Kassari_(Keina)_vallavalitsus, lk 72
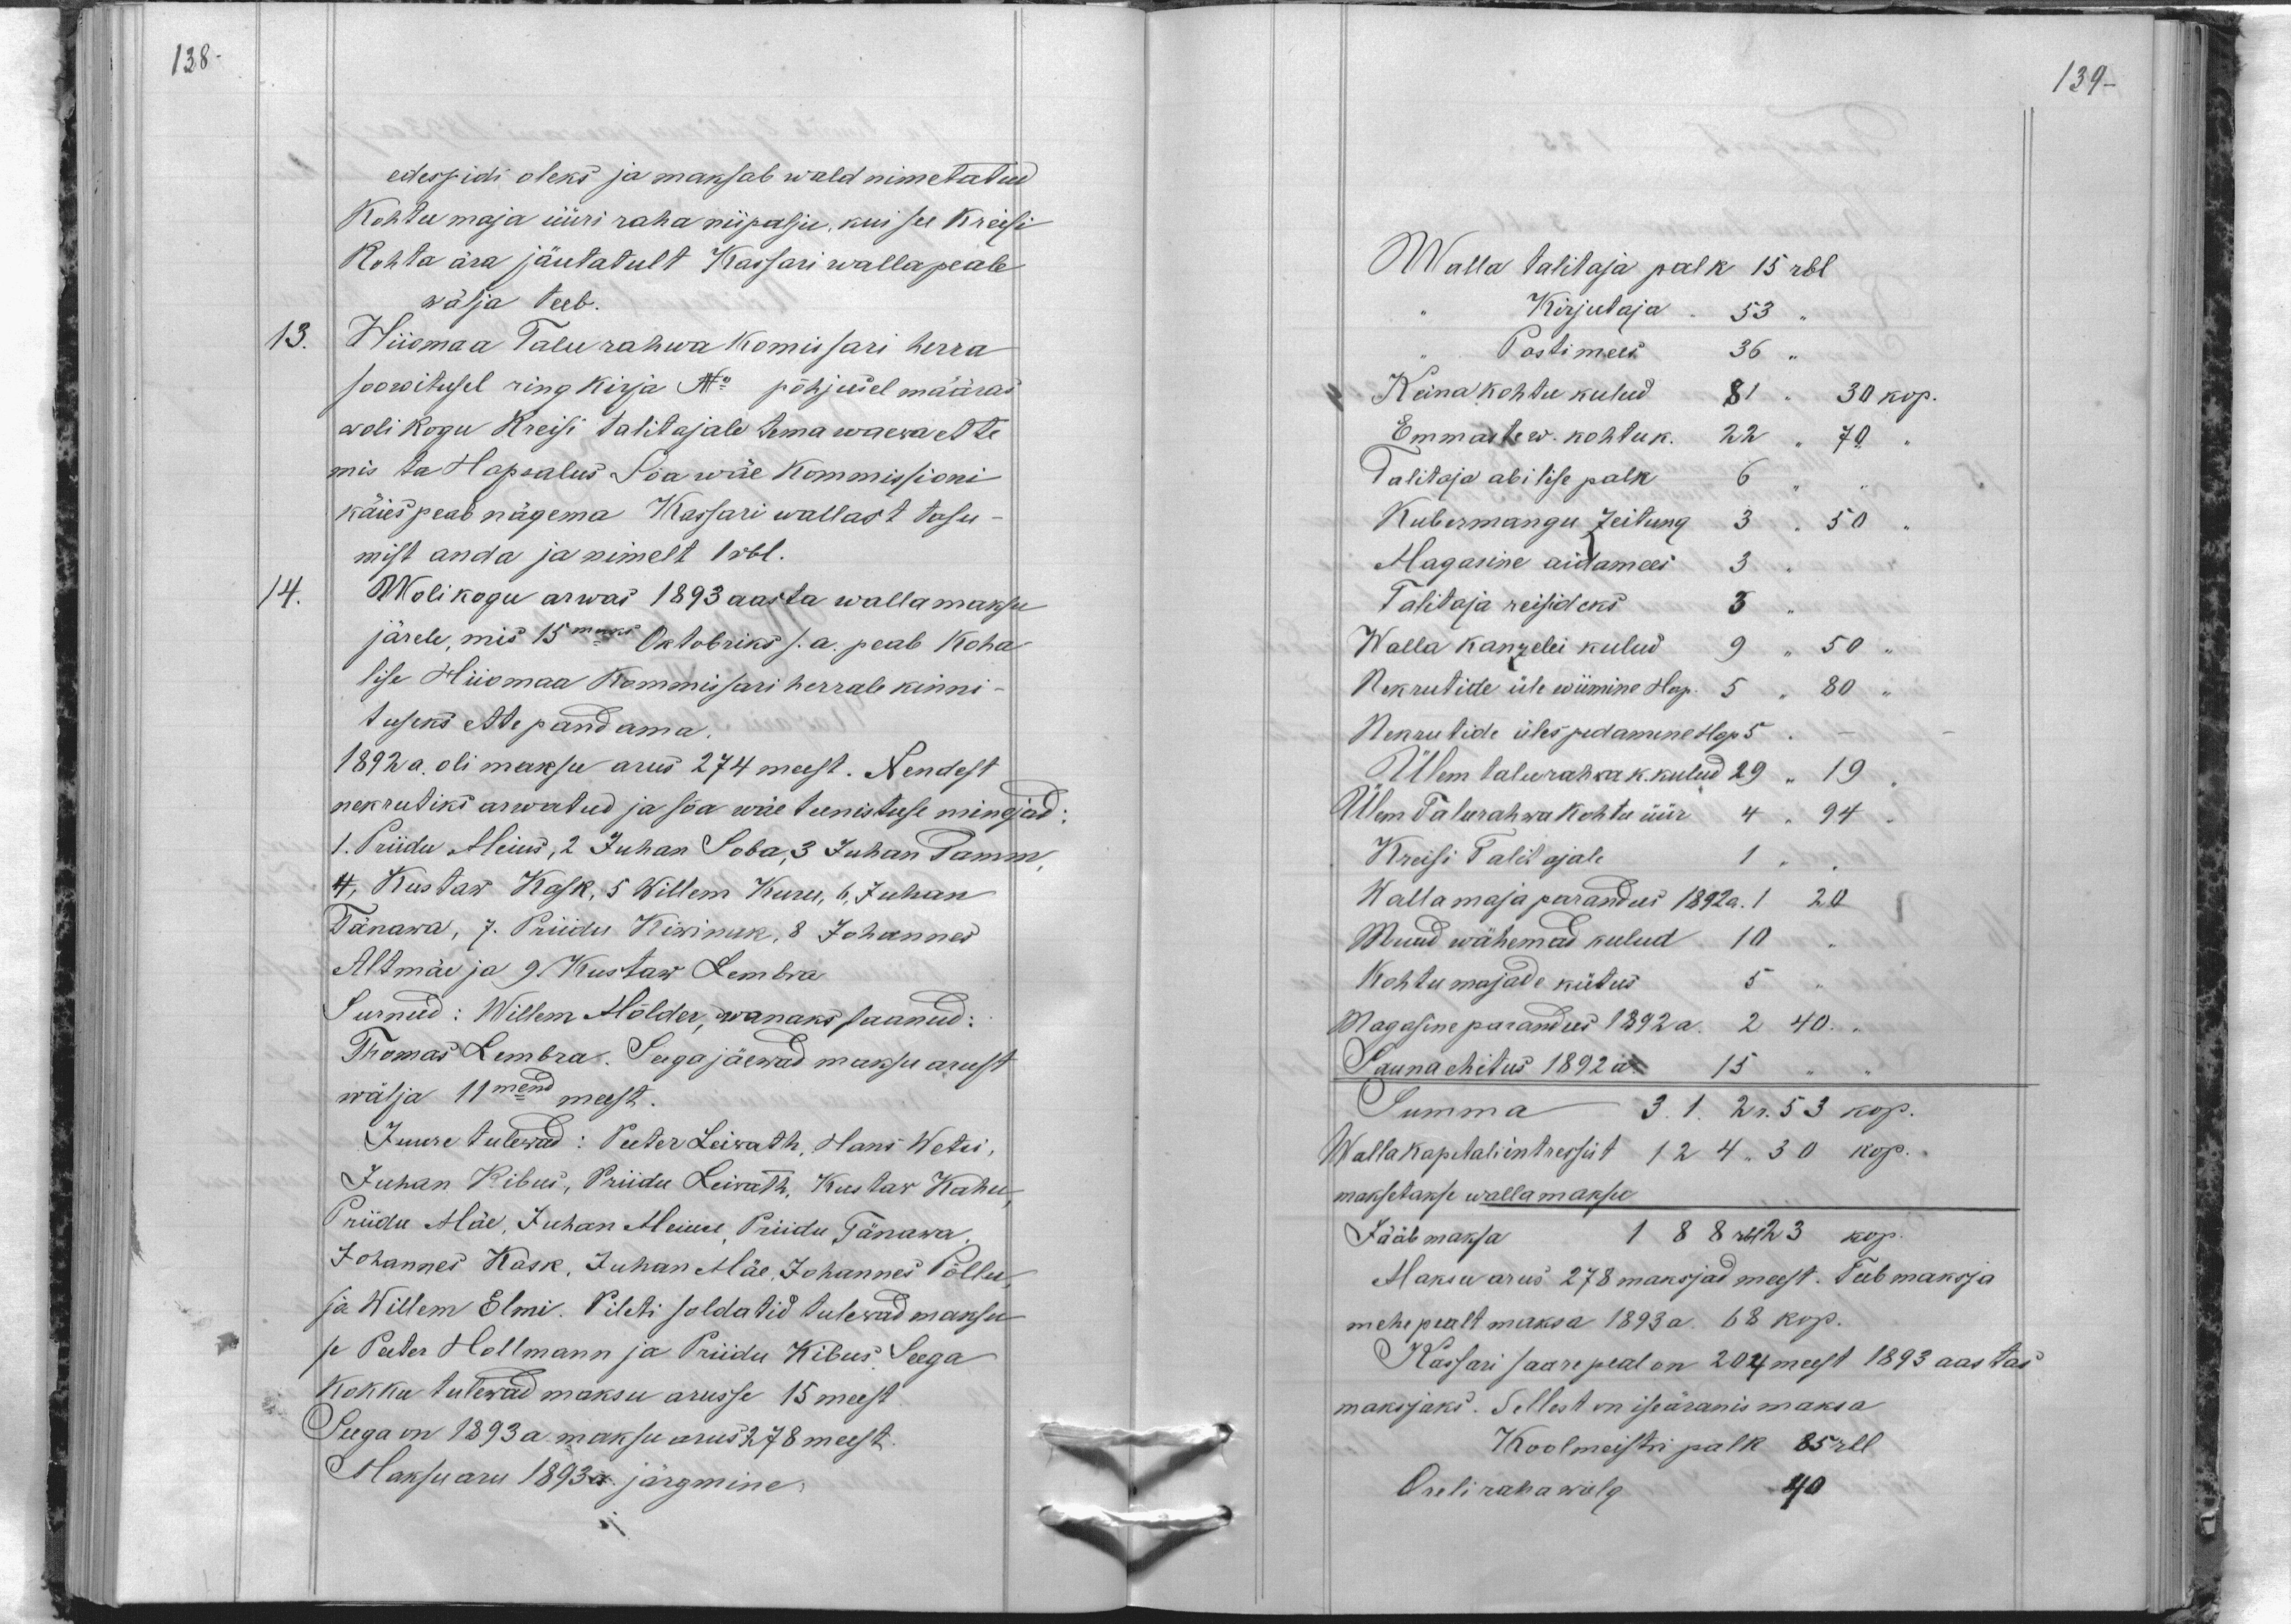
138.

139 -

edespidi oleks ja maksab wald nimetatud
Kohtu maja üüri raha niipalju, kui see Kreisi
Kohta ära jäutatult Kassari walla peale
wälja teeb.
13.
Hiiomaa Talurahwa komissari herra
soowitusel ringkirja No põhjusel määras
wolikogu Kreisi talitajale tema waewa ette
mis ta Hapsalus Soa wäe Kommissioni
käies peab nägema Kassari wallast tasu-
mist anda ja nimelt 1 rbl.
14.
Wolikogu arwas 1893 aasta wallamaksu
järele, mis 15maks Oktobriks s.a. peab koha-
lise Hiiomaa Kommissari herrale kinni-
tuseks ette pandama.
1892 a. oli maksu arus 274 meest. Nendest
nekrutiks arwatud ja sõa wäe teenistuse minejad:
1. Priidu Meius, 2 Juhan Soba, 3 Juhan Tamm,
4, Kustaw Kask, 5 Willem Kuru, 6, Juhan
Tänawa, J. Priidu Kiwinuk, 8 Johannes
Altmäe ja 9 Kustaw Lembra
Surnud: Willem Mölder, wanaks saanud:
Thomas Lembra. Seega jäewad maksu arust
wälja 11mend meest.
Juure tulewad: Peeter Leiwath, Hans Wetsi,
Juhan Kibus, Priidu Leiwath, Kustar Kahu
Priidu Mäe, Juhan Meiuse, Priidu Tänawa,
Johannes Kask, Juhan Mäe, Johannes Põllu,
ja Willem Elmi. Pileti soldatid tulewad maksu
se Peeter Hollmann ja Priidu Kibus. Seega
Kokku tulewad maksu arusse 15 meest
Seega on 1893 a. maksu arus 278 meest.
Maksuaru 1893 a. järgmine.

Walla talitaja palk 15 rbl
Kirjutaja 53
Postimees
36
Keina kohtu kulud
81" 30 kop.
Emmaste w. kohtuk. 22 " 70
Talitaja abilise palk
6
Kubermangu Zeitung 3 " 50
Magasime aidamees 3
Talitaja reisideks
3
Walla kanzelei kulud 9 " 50
Nekrutide üle wiimine Hap. 5
80
Nekrutide üles pidamine Hap 5
Ülem talurahwa k. kulud 29 " 19
Ülem Talurahwa kohtu üür 4 " 94
Kreisi Talit ajale
1 "
Wallamaja parandus 1892 a. 1 20
Muud wähemad kulud 10
Kohtu majade kütus
5
Magasine parandus 1892 a. 2 40.
Sauna ehitus 1892 a.
15
Summa 3.1.2 r. 53 kop.
Wallakapitali intressist 124 " 30 kop.
maksetakse wallamaksu
Jääb maksa
188 rbl 23 kop.
Maksu arus 278 maksjad meest. Teeb maksja
mehe pealt maksa 1893 a. 68 kop.
Kassari saare peal on 204 meest 1893 aastas
maksjaks. Sellest on iseäranis maksa
Koolmeistri palk 85 rbl
Oreliraha wõlg
40